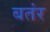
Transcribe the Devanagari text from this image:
बतंर